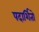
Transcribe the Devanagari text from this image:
पदार्शितो